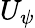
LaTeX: U_{\psi}